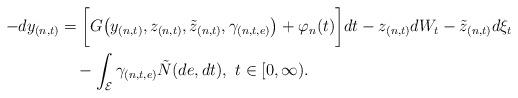
LaTeX: \begin{align*}\begin{aligned}-dy_{(n,t)}&=\bigg[G\big(y_{(n,t)},z_{(n,t)},\tilde{z}_{(n,t)},\gamma_{(n,t,e)}\big)+\varphi_n(t)\bigg]dt-z_{(n,t)}dW_t-\tilde{z}_{(n,t)}d\xi_t\\&\quad-\int_{\mathcal{E}}\gamma_{(n,t,e)}\tilde{N}(de,dt),\ t\in[0,\infty).\end{aligned}\end{align*}